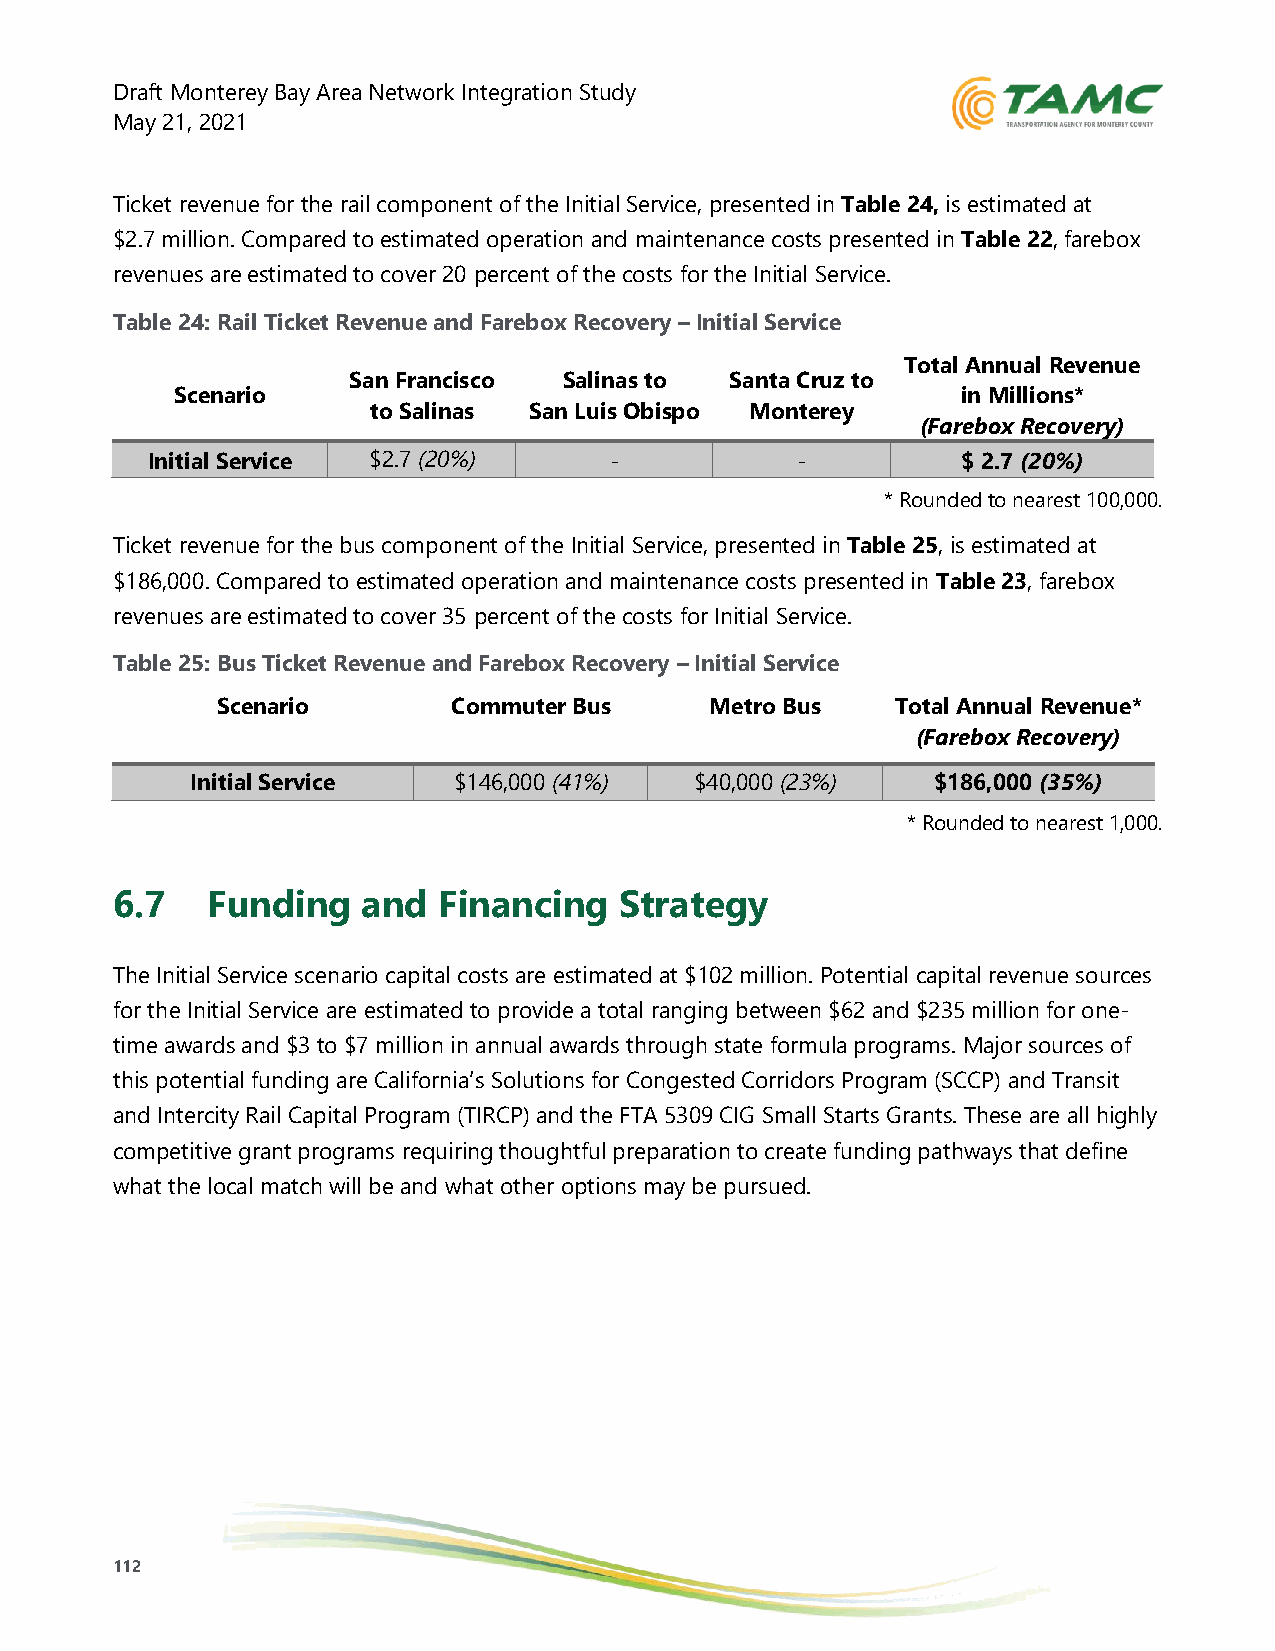
Draft Monterey Bay Area Network Integration Study
 May 21, 2021
 Ticket revenue for the rail component of the Initial Service, presented in Table 24, is estimated at
 $2.7 million. Compared to estimated operation and maintenance costs presented in Table 22, farebox
 revenues are estimated to cover 20 percent of the costs for the Initial Service.
 Table 24: Rail Ticket Revenue and Farebox Recovery – Initial Service
 Total Annual Revenue
 San Francisco Salinas to Santa Cruz to
 Scenario                                            in Millions*
 to Salinas San Luis Obispo Monterey
 (Farebox Recovery)
 Initial Service $2.7 (20%)    -            -          $ 2.7 (20%)
 * Rounded to nearest 100,000.
 Ticket revenue for the bus component of the Initial Service, presented in Table 25, is estimated at
 $186,000. Compared to estimated operation and maintenance costs presented in Table 23, farebox
 revenues are estimated to cover 35 percent of the costs for Initial Service.
 Table 25: Bus Ticket Revenue and Farebox Recovery – Initial Service
 Scenario        Commuter Bus     Metro Bus   Total Annual Revenue*
 (Farebox Recovery)
 Initial Service  $146,000 (41%)  $40,000 (23%)   $186,000 (35%)
 * Rounded to nearest 1,000.
 6.7    Funding   and  Financing   Strategy
 The Initial Service scenario capital costs are estimated at $102 million. Potential capital revenue sources
 for the Initial Service are estimated to provide a total ranging between $62 and $235 million for one-
 time awards and $3 to $7 million in annual awards through state formula programs. Major sources of
 this potential funding are California’s Solutions for Congested Corridors Program (SCCP) and Transit
 and Intercity Rail Capital Program (TIRCP) and the FTA 5309 CIG Small Starts Grants. These are all highly
 competitive grant programs requiring thoughtful preparation to create funding pathways that define
 what the local match will be and what other options may be pursued.
 112